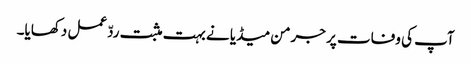
آپ کی وفات پر جرمن میڈیا نے بہت مثبت ردّعمل دکھایا۔